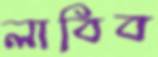
লাবিব